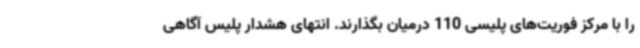
را با مرکز فوریت‌های پلیسی 110 درمیان بگذارند. انتهای هشدار پلیس آگاهی